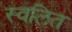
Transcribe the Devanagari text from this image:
स्वलित